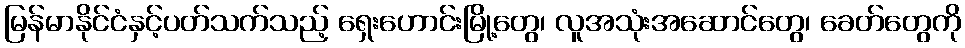
မြန်မာနိုင်ငံနှင့်ပတ်သက်သည့် ရှေးဟောင်းမြို့တွေ၊ လူအသုံးအဆောင်တွေ၊ ခေတ်တွေကို